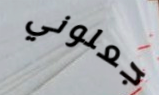
جعلوني